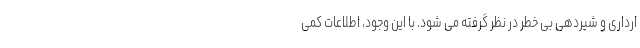
ارداری و شیردهی بی خطر در نظر گرفته می شود. با این وجود، اطلاعات کمی